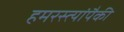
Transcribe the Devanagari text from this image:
हमरस्त्यांपैकी